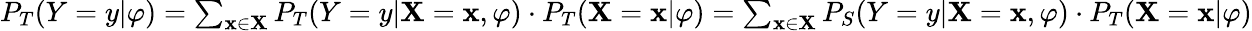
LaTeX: \begin{array}{r}{P_{T}(Y=y|\varphi)=\sum_{\mathbf{x}\in\mathbf{X}}P_{T}(Y=y|\mathbf{X}=\mathbf{x},\varphi)\cdot P_{T}(\mathbf{X}=\mathbf{x}|\varphi)=\sum_{\mathbf{x}\in\mathbf{X}}P_{S}(Y=y|\mathbf{X}=\mathbf{x},\varphi)\cdot P_{T}(\mathbf{X}=\mathbf{x}|\varphi)}\end{array}